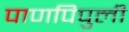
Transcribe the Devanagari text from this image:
पाणपिपुली